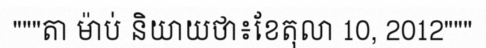
"""តា ម៉ាប់ និយាយថា៖ខែតុលា 10, 2012"""